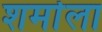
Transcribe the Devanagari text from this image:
शर्माला